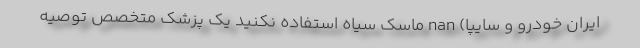
ایران خودرو و سایپا) nan ماسک سیاه استفاده نکنید یک پزشک متخصص توصیه